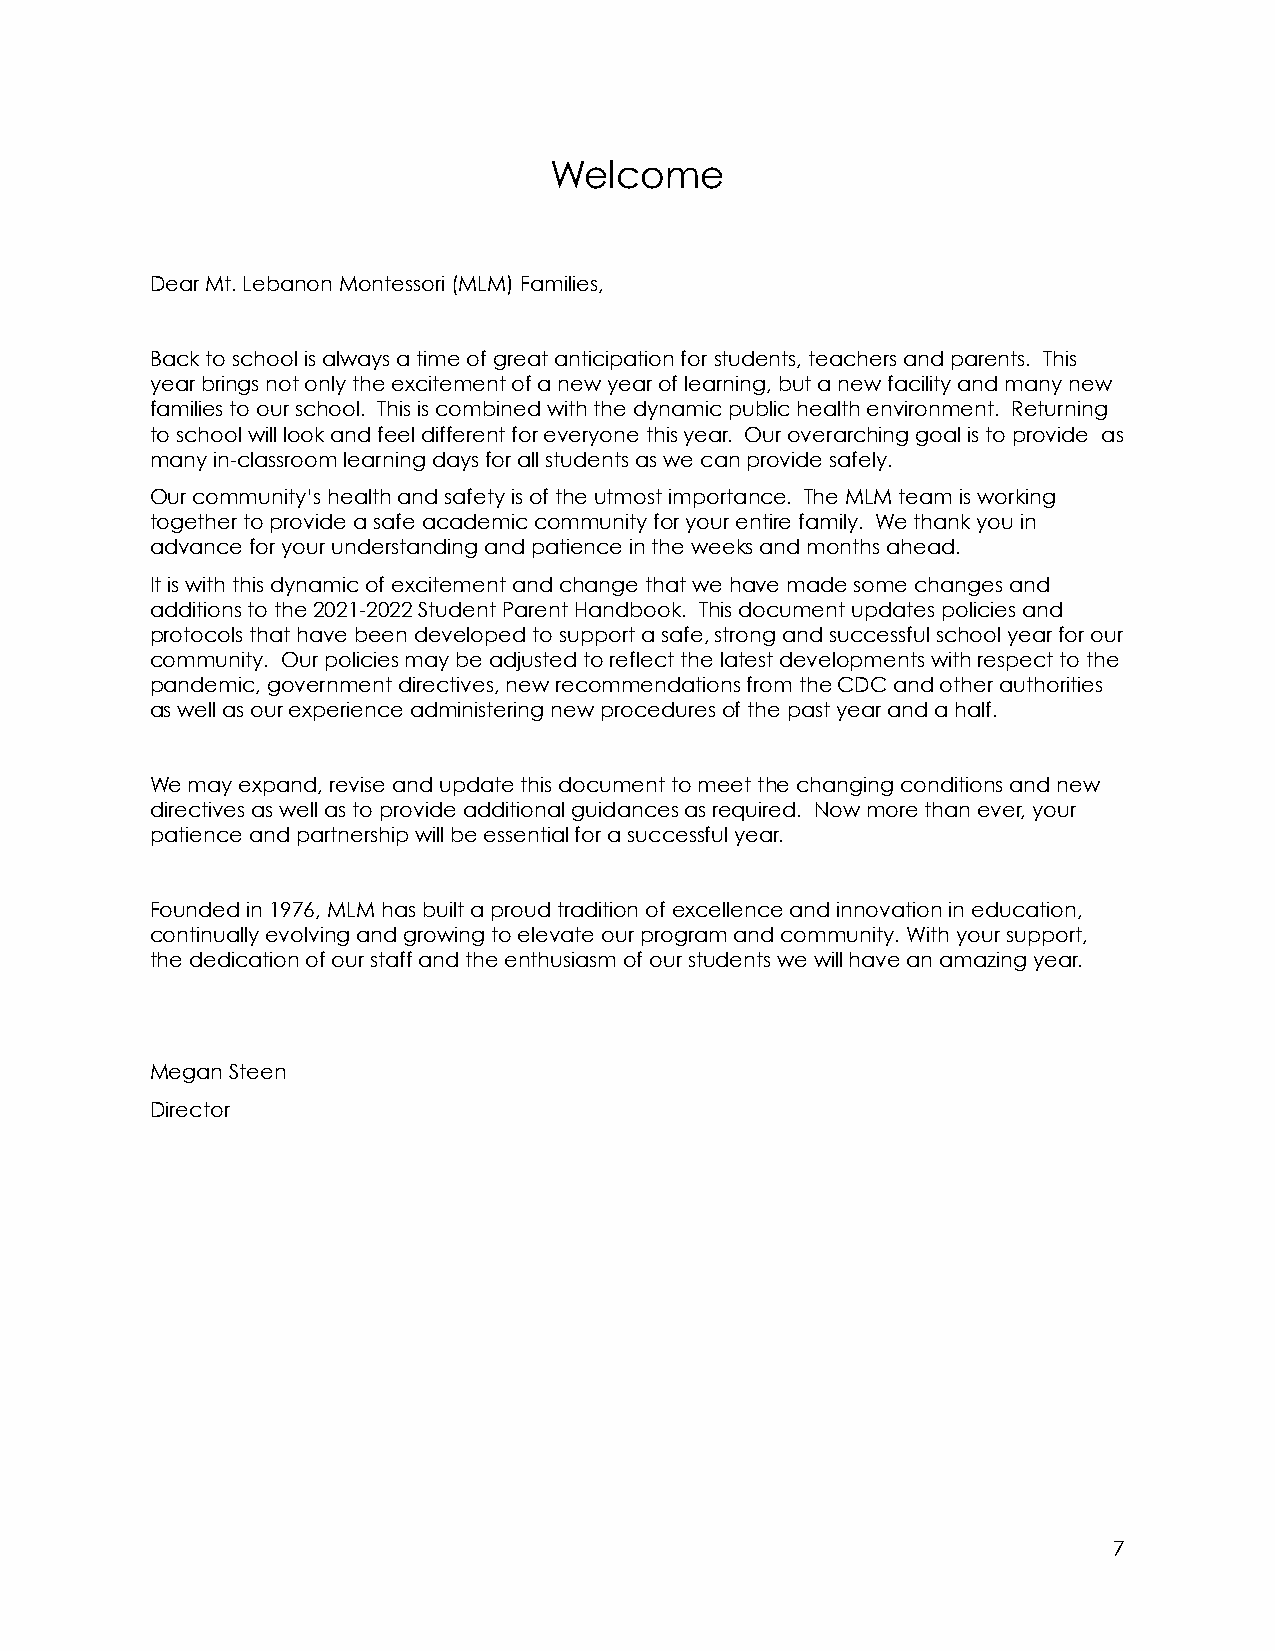
Welcome
 Dear Mt. Lebanon Montessori (MLM) Families,
 Back to school is always a time of great anticipation for students, teachers and parents. This
 year brings not only the excitement of a new year of learning, but a new facility and many new
 families to our school. This is combined with the dynamic public health environment. Returning
 to school will look and feel different for everyone this year. Our overarching goal is to provide as
 many in-classroom learning days for all students as we can provide safely.
 Our community’s health and safety is of the utmost importance. The MLM team is working
 together to provide a safe academic community for your entire family. We thank you in
 advance for your understanding and patience in the weeks and months ahead.
 It is with this dynamic of excitement and change that we have made some changes and
 additions to the 2021-2022 Student Parent Handbook. This document updates policies and
 protocols that have been developed to support a safe, strong and successful school year for our
 community. Our policies may be adjusted to reflect the latest developments with respect to the
 pandemic, government directives, new recommendations from the CDC and other authorities
 as well as our experience administering new procedures of the past year and a half.
 We may expand, revise and update this document to meet the changing conditions and new
 directives as well as to provide additional guidances as required. Now more than ever, your
 patience and partnership will be essential for a successful year.
 Founded in 1976, MLM has built a proud tradition of excellence and innovation in education,
 continually evolving and growing to elevate our program and community. With your support,
 the dedication of our staff and the enthusiasm of our students we will have an amazing year.
 Megan Steen
 Director
 7